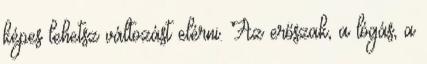
képes lehetsz változást elérni. Az erőszak, a lógás, a